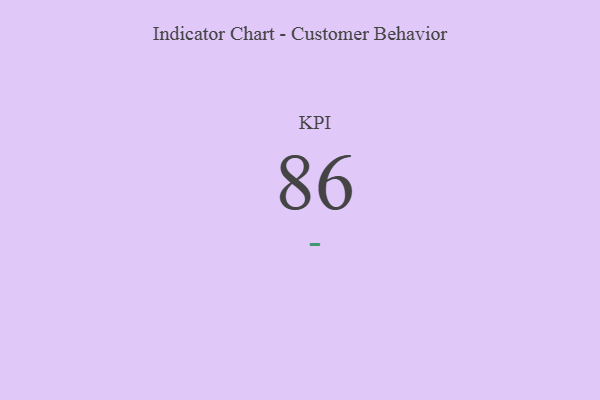
{"axis": {"x": "KPI", "y": "Value"}, "legend": [""], "data": [{"x": "KPI", "y": 86, "type": ""}]}